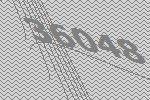
36048